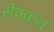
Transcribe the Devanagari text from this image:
सेवकन